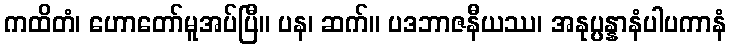
ကထိတံ၊ ဟောတော်မူအပ်ပြီ။ ပန၊ ဆက်။ ပဒဘာဇနီယဿ၊ အနုပ္ပန္နာနံပါပကာနံ